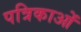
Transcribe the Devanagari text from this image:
पत्रिकाओं